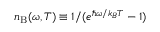
n _ { \mathrm { B } } ( \omega , T ) \equiv 1 / ( e ^ { \hbar \omega / k _ { B } T } - 1 )